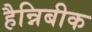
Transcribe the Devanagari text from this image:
हैन्निबीक